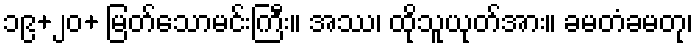
၁၉+၂၀+ မြတ်သောမင်းကြီး။ အဿ၊ ထိုသူယုတ်အား။ ခမတံခမတု၊